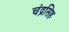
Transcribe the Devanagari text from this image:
चंद्रसिह